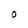
Character: O